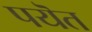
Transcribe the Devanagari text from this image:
पयॆत